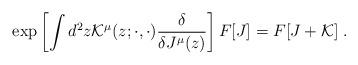
LaTeX: \begin{align*}\exp\left[\int d^2z{\cal K}^{\mu}(z;\cdot ,\cdot)\frac{\delta}{\delta J^{\mu}(z)}\right]F[J]=F[J+{\cal K}]\; .\end{align*}